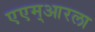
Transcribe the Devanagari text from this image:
एएम्‌आरला